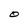
Character: O